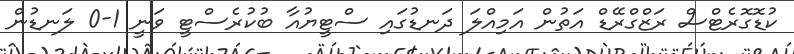
ކުޑޮގޮރެޓްސް ރަޒްގްރޭޑް އަތުން އަމިއްލަ ދަނޑުގައި ސްޓީޔުއާ ބުކުރެސްޓީ ވަނީ 1-0 ލަނޑުން